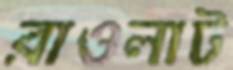
রাওলাট